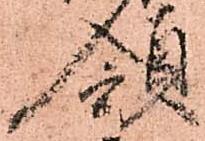
領